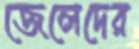
জেলেদের